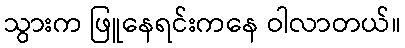
သွားက ဖြူနေရင်းကနေ ဝါလာတယ်။